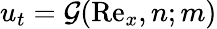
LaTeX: u_{t}=\mathcal{G}(\mathrm{Re}_{x},n;m)